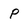
Character: p